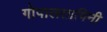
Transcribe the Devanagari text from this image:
गोपालतापिनी